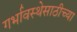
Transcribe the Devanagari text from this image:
गर्भावस्थेसाठीच्या